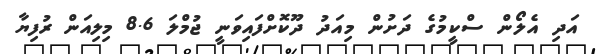
އަދި އެލޯން ސްކީމުގެ ދަށުން މިއަދު ދޫކޮށްފައިވަނީ ޖުމްލަ 8.6 މިލިއަން ރުފިޔާ